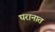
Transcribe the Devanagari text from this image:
घरानात